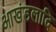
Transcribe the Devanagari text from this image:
आखंडलादि